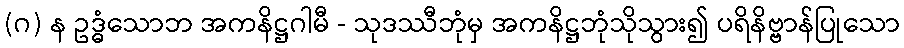
(ဂ) န ဥဒ္ဓံသောဘ အကနိဋ္ဌဂါမီ - သုဒဿီဘုံမှ အကနိဋ္ဌဘုံသိုသွား၍ ပရိနိဗ္ဗာန်ပြုသော